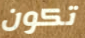
تكون